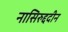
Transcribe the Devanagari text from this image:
नासिरुद्ददीन